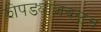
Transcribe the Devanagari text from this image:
झोपड्यांजवळच